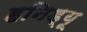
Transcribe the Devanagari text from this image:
हनिड्यू